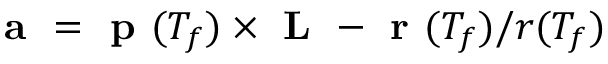
\textbf { a } = \textbf { p } ( T _ { f } ) \times \textbf { L } - \textbf { r } ( T _ { f } ) / r ( T _ { f } )